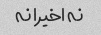
نه اخیرا نه